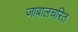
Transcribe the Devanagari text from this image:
जाबालचरित